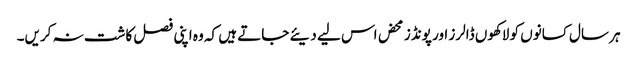
ہر سال کسانوں کو لاکھوں ڈالرز اور پونڈز محض اس لیے دیئے جاتے ہیں کہ وہ اپنی فصل کاشت نہ کریں۔